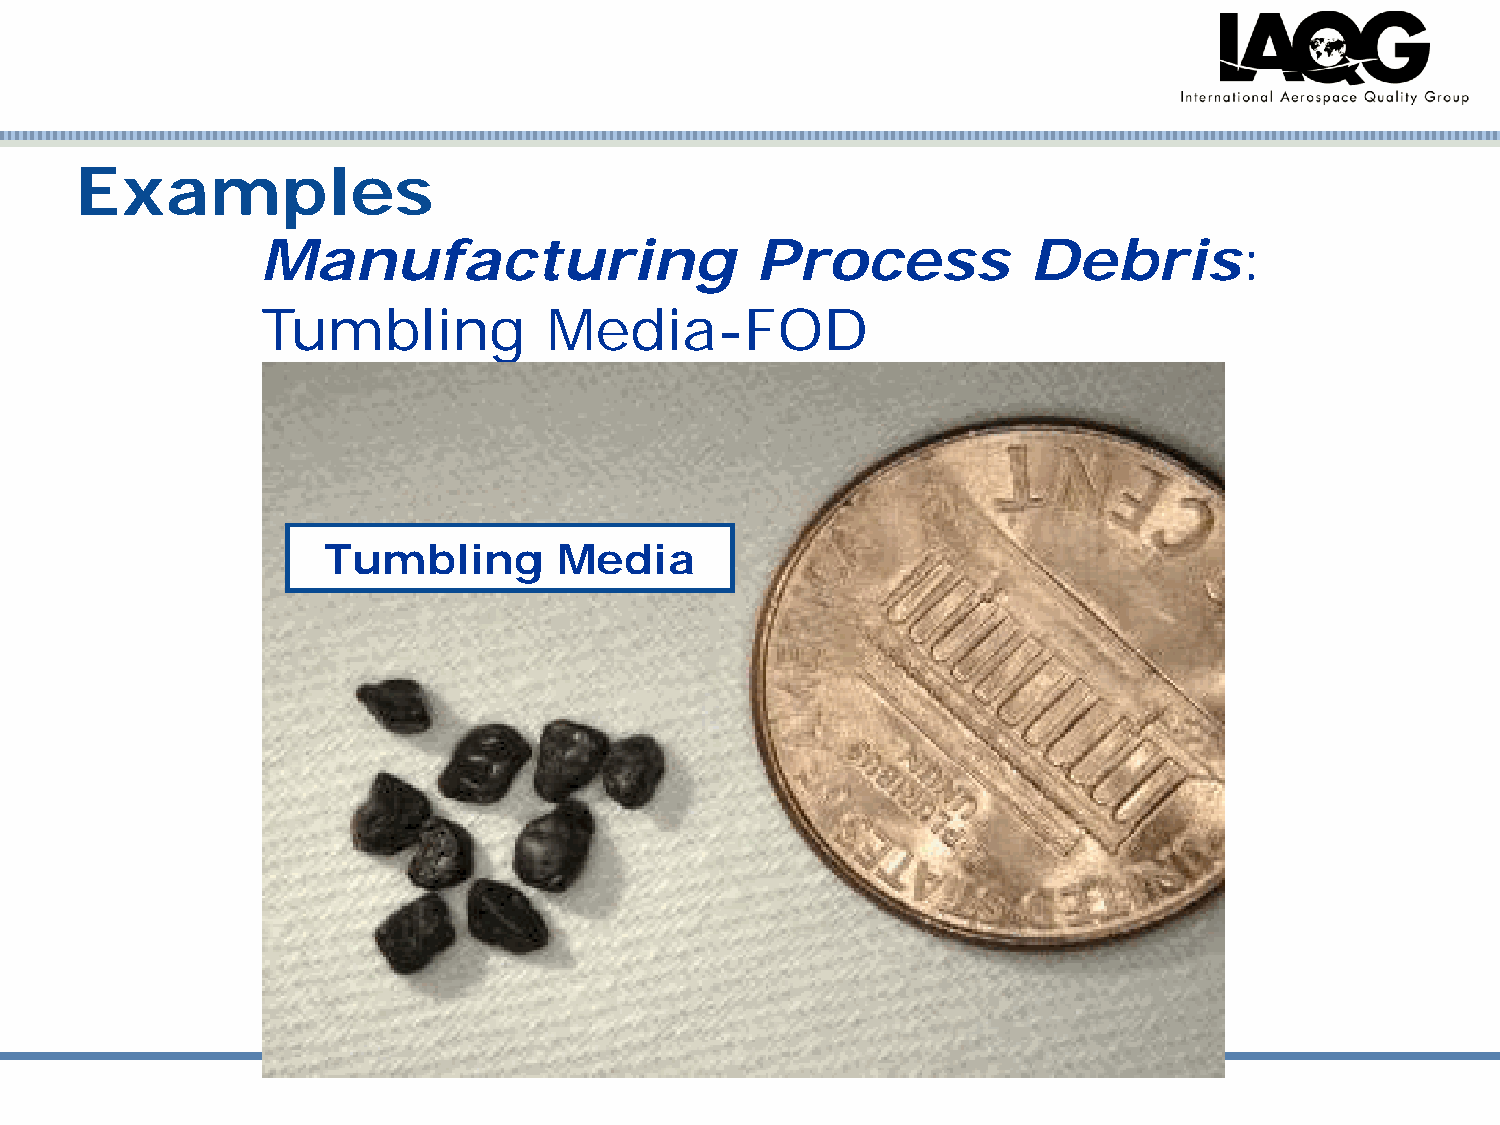
Examples
 Manufacturing                    Process           Debris:
 Tumbling           Media-FOD
 Tumbling        Media